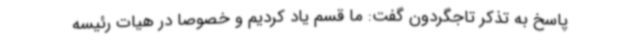
پاسخ به تذکر تاجگردون گفت: ما قسم یاد کردیم و خصوصا در هیات رئیسه